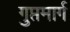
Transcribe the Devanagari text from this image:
गुप्तमार्ग